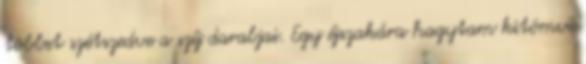
többet szétszedve a szíj darabjai. Egy éjszakára hagytam kitömve